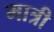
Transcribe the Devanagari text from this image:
मात्री